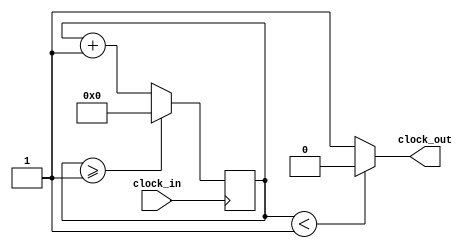
//`timescale 1ns / 1ps

module Clock_divider(clock_in,clock_out
    );
input clock_in; // input clock on FPGA
output clock_out; // output clock after dividing the input clock by divisor
reg[27:0] counter=28'd0;
parameter DIVISOR = 28'd2;
// The frequency of the output clk_out
//  = The frequency of the input clk_in divided by DIVISOR
// For example: Fclk_in = 50Mhz, if you want to get 1Hz signal to blink LEDs
// You will modify the DIVISOR parameter value to 28'd50.000.000
// Then the frequency of the output clk_out = 50Mhz/50.000.000 = 1Hz
always @(posedge clock_in)
begin
 counter <= counter + 28'd1;
 if(counter>=(DIVISOR-1))
  counter <= 28'd0;
end
assign clock_out = (counter<DIVISOR/2)?1'b0:1'b1;
endmodule


/*// fpga4student.com FPGA projects, VHDL projects, Verilog projects
// Verilog project: Verilog code for clock divider on FPGA
// Testbench Verilog code for clock divider on FPGA
module tb_clock_divider;
 // Inputs
 reg clock_in;
 // Outputs
 wire clock_out;
 // Instantiate the Unit Under Test (UUT)
 // Test the clock divider in Verilog
 Clock_divider uut (
  .clock_in(clock_in), 
  .clock_out(clock_out)
 );
 
 initial clock_in=1'b0;
 always #10 clock_in <=~clock_in;
 
 initial begin
  // Initialize Inputs
  $dumpfile("test.vcd");
  $dumpvars(0, tb_clock_divider);
  $monitor("in=%b out=%b ",clock_in,clock_out);
  #100 $finish;
 end
      
endmodule*/